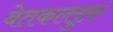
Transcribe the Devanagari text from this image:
बेतकल्लुफ़